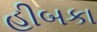
હીબકા